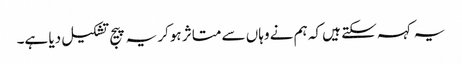
یہ کہہ سکتے ہیں کہ ہم نے وہاں سے متاثر ہوکر یہ پیج تشکیل دیا ہے۔